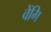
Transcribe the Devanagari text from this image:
वेंगि